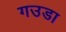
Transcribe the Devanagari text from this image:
गउडा